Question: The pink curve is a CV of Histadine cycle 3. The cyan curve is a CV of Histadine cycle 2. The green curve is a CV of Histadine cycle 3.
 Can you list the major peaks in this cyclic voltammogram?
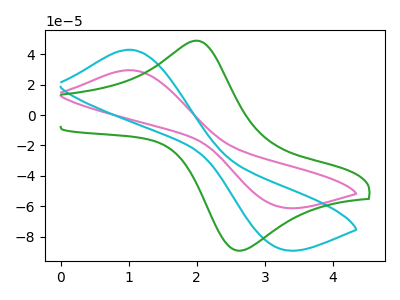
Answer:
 <answer>The pink curve "Histadine cycle 3" has an anodic peak at (1.00V, 29.45uA) and a cathodic peak at (3.20V, -60.10uA). The cyan curve "Histadine cycle 2" has an anodic peak at (1.00V, 42.85uA) and a cathodic peak at (3.20V, -87.50uA). The green curve "Histadine cycle 3" has an anodic peak at (2.00V, 48.80uA) and a cathodic peak at (2.70V, -88.75uA).</answer>
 <eval></eval>